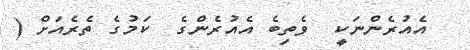
އެއުރެންނަކީ  ވެތިބެ އެއުރެންގެ  ކަމުގެ ތެރެއަށް (